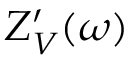
Z _ { V } ^ { \prime } ( \omega )